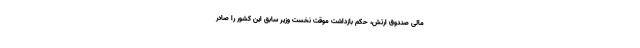
مالی صندوق ارتش، حکم بازداشت موقت نخست وزیر سابق این کشور را صادر